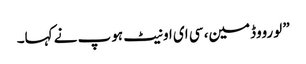
” لورووڈمین، سی ای او نیٹ ہوپ نے کہا۔